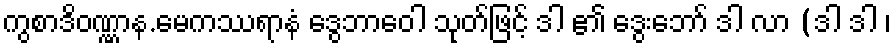
ကွစာဒိဝဏ္ဏာန.မေကဿရာနံ ဒွေဘာဝေါ သုတ်ဖြင့် ဒါ ၏ ဒွေးဘော် ဒါ လာ (ဒါ ဒါ ၊